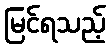
မြင်ရသည့်